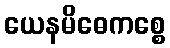
ယေနမိဓေကစ္စေ